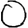
Digit: 0